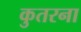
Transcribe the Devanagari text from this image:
कुतरना